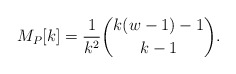
\begin{align*}M_{P}[k]=\frac{1}{k^{2}}\binom{k(w-1)-1}{k-1}.\end{align*}